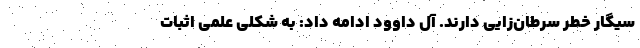
سیگار خطر سرطان‌زایی دارند. آل داوود ادامه داد: به شکلی علمی اثبات